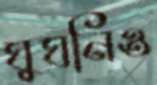
ঘুঘনিও